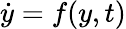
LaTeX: \dot{y}=f(y,t)